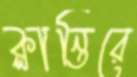
ক্লান্তিরে